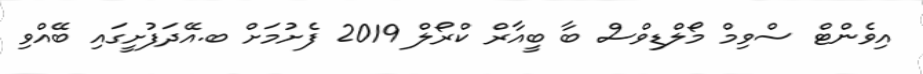
އިވެންޓް ސްވިމް މޯލްޑިވްސް ބާ ބީއާރް ކްރޯލް 2019 ފެށުމަށް ބ.އޭދަފުށީގައި ބޭއްވި